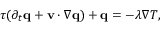
\begin{array} { r } { \tau ( \partial _ { t } \mathbf q + \mathbf v \cdot \nabla \mathbf q ) + \mathbf q = - \lambda \nabla T , } \end{array}